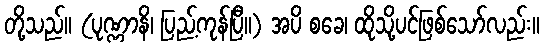
တို့သည်။ (ပုဏ္ဏာနိ၊ ပြည့်ကုန်ပြီ။) အပိ စခေ၊ ထိုသို့ပင်ဖြစ်သော်လည်း။